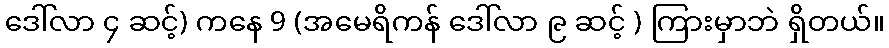
ဒေါ်လာ ၄ ဆင့်) ကနေ 9 (အမေရိကန် ဒေါ်လာ ၉ ဆင့် ) ကြားမှာဘဲ ရှိတယ်။